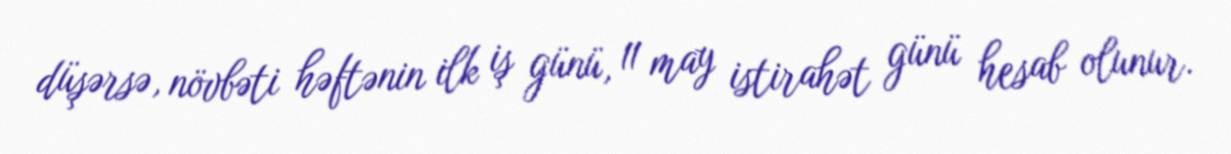
düşərsə, növbəti həftənin ilk iş günü, 11 may istirahət günü hesab olunur.